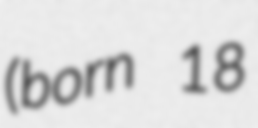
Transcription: (born 18